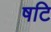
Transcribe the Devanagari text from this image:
षटि